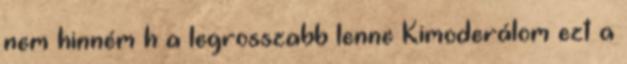
nem hinném h a legrosszabb lenne Kimoderálom ezt a